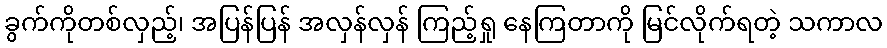
ခွက်ကိုတစ်လှည့်၊ အပြန်ပြန် အလှန်လှန် ကြည့်ရှု နေကြတာကို မြင်လိုက်ရတဲ့ သကာလ